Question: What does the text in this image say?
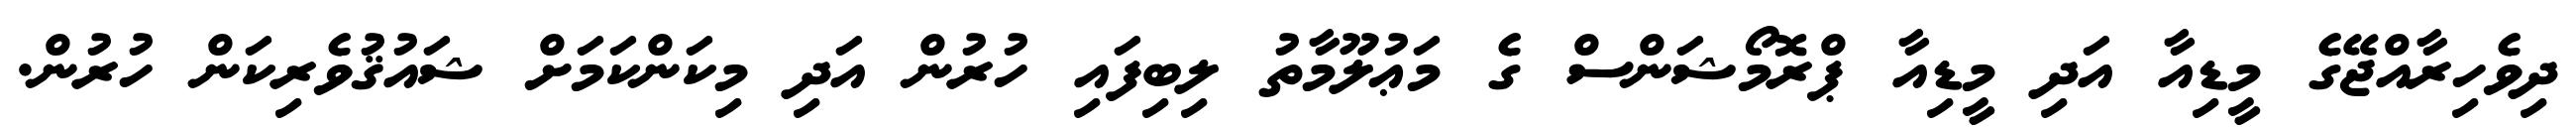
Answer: ދިވެހިރާއްޖޭގެ މީޑިއާ އަދި މީޑިއާ ޕްރޮމޯޝަންސް ގެ މަޢުލޫމާތު ލިބިފައި ހުރުން އަދި މިކަންކަމަށް ޝައުޤުވެރިކަން ހުރުން.